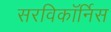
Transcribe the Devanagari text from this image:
सरविकॉर्निस